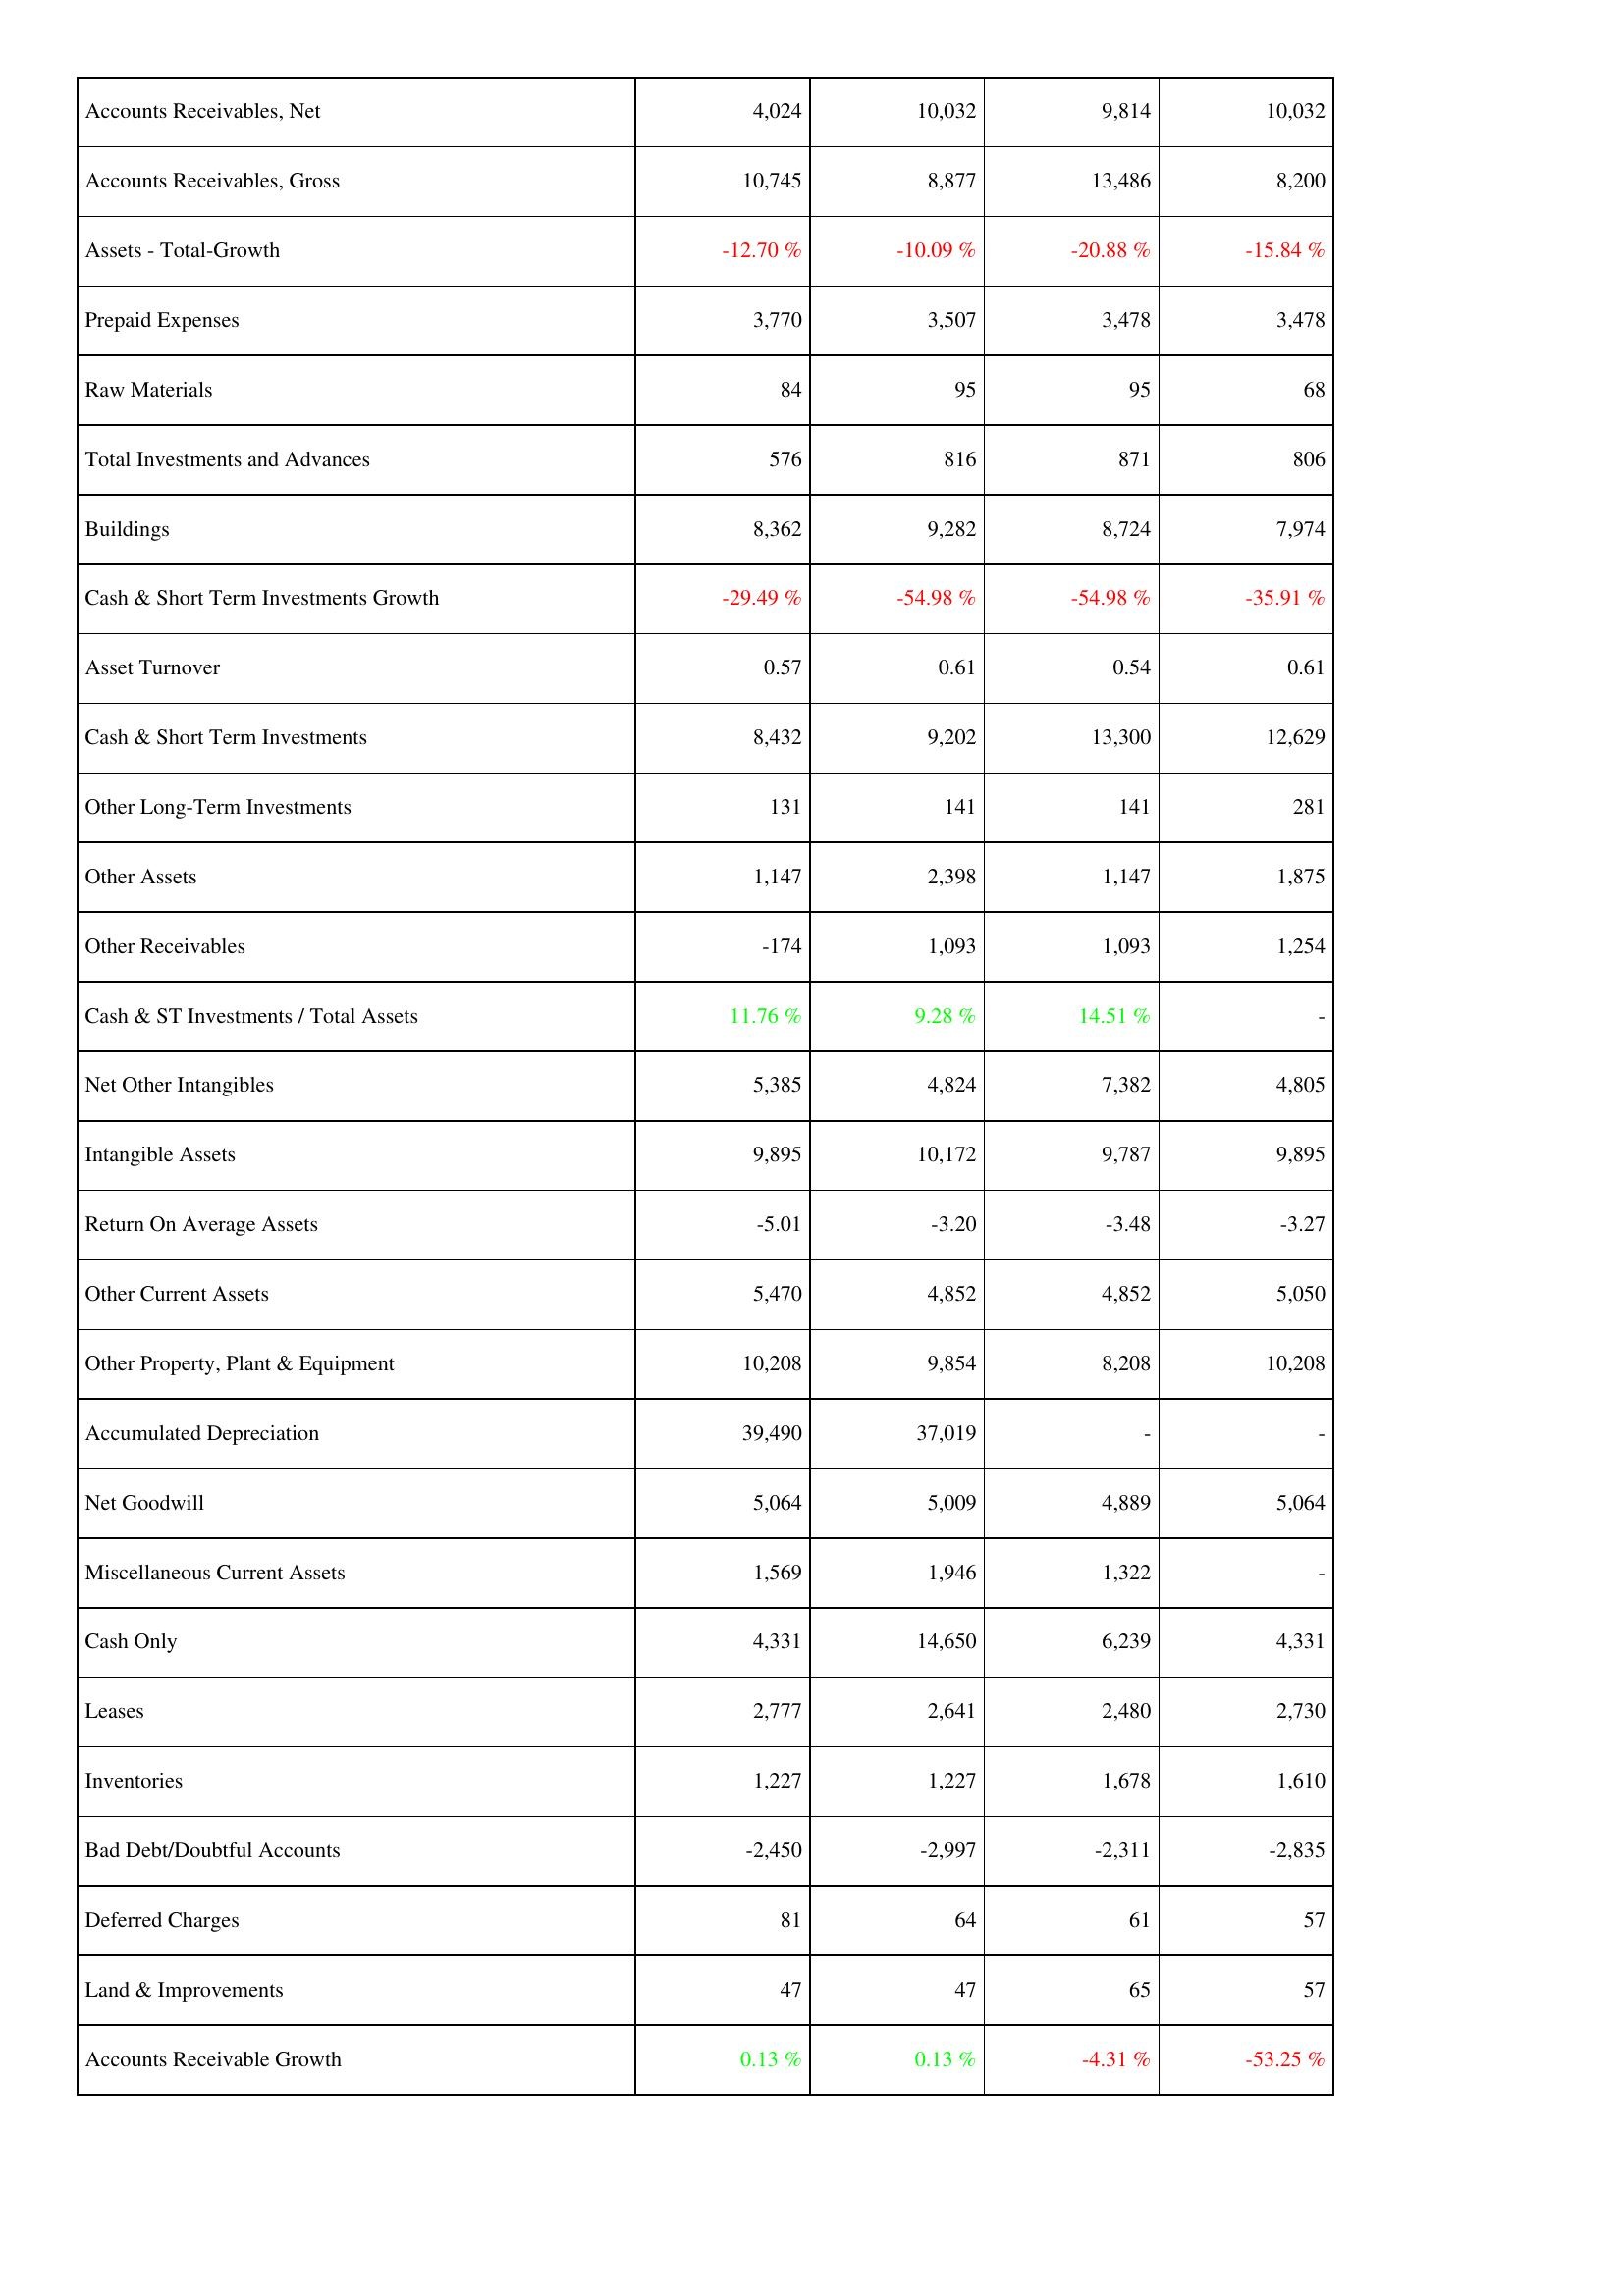
2019: Assets: Accounts Receivables, Net: 4,024
Accounts Receivables, Gross: 10,745
Assets - Total-Growth: -12.70 %
Prepaid Expenses: 3,770
Raw Materials: 84
Total Investments and Advances: 576
Buildings: 8,362
Cash & Short Term Investments Growth: -29.49 %
Asset Turnover: 0.57
Cash & Short Term Investments: 8,432
Other Long-Term Investments: 131
Other Assets: 1,147
Other Receivables: -174
Cash & ST Investments / Total Assets: 11.76 %
Net Other Intangibles: 5,385
Intangible Assets: 9,895
Return On Average Assets: -5.01
Other Current Assets: 5,470
Other Property, Plant & Equipment: 10,208
Accumulated Depreciation: 39,490
Net Goodwill: 5,064
Miscellaneous Current Assets: 1,569
Cash Only: 4,331
Leases: 2,777
Inventories: 1,227
Bad Debt/Doubtful Accounts: -2,450
Deferred Charges: 81
Land & Improvements: 47
Accounts Receivable Growth: 0.13 %
2018: Assets: Accounts Receivables, Net: 10,032
Accounts Receivables, Gross: 8,877
Assets - Total-Growth: -10.09 %
Prepaid Expenses: 3,507
Raw Materials: 95
Total Investments and Advances: 816
Buildings: 9,282
Cash & Short Term Investments Growth: -54.98 %
Asset Turnover: 0.61
Cash & Short Term Investments: 9,202
Other Long-Term Investments: 141
Other Assets: 2,398
Other Receivables: 1,093
Cash & ST Investments / Total Assets: 9.28 %
Net Other Intangibles: 4,824
Intangible Assets: 10,172
Return On Average Assets: -3.20
Other Current Assets: 4,852
Other Property, Plant & Equipment: 9,854
Accumulated Depreciation: 37,019
Net Goodwill: 5,009
Miscellaneous Current Assets: 1,946
Cash Only: 14,650
Leases: 2,641
Inventories: 1,227
Bad Debt/Doubtful Accounts: -2,997
Deferred Charges: 64
Land & Improvements: 47
Accounts Receivable Growth: 0.13 %
2017: Assets: Accounts Receivables, Net: 9,814
Accounts Receivables, Gross: 13,486
Assets - Total-Growth: -20.88 %
Prepaid Expenses: 3,478
Raw Materials: 95
Total Investments and Advances: 871
Buildings: 8,724
Cash & Short Term Investments Growth: -54.98 %
Asset Turnover: 0.54
Cash & Short Term Investments: 13,300
Other Long-Term Investments: 141
Other Assets: 1,147
Other Receivables: 1,093
Cash & ST Investments / Total Assets: 14.51 %
Net Other Intangibles: 7,382
Intangible Assets: 9,787
Return On Average Assets: -3.48
Other Current Assets: 4,852
Other Property, Plant & Equipment: 8,208
Accumulated Depreciation: -
Net Goodwill: 4,889
Miscellaneous Current Assets: 1,322
Cash Only: 6,239
Leases: 2,480
Inventories: 1,678
Bad Debt/Doubtful Accounts: -2,311
Deferred Charges: 61
Land & Improvements: 65
Accounts Receivable Growth: -4.31 %
2016: Assets: Accounts Receivables, Net: 10,032
Accounts Receivables, Gross: 8,200
Assets - Total-Growth: -15.84 %
Prepaid Expenses: 3,478
Raw Materials: 68
Total Investments and Advances: 806
Buildings: 7,974
Cash & Short Term Investments Growth: -35.91 %
Asset Turnover: 0.61
Cash & Short Term Investments: 12,629
Other Long-Term Investments: 281
Other Assets: 1,875
Other Receivables: 1,254
Cash & ST Investments / Total Assets: -
Net Other Intangibles: 4,805
Intangible Assets: 9,895
Return On Average Assets: -3.27
Other Current Assets: 5,050
Other Property, Plant & Equipment: 10,208
Accumulated Depreciation: -
Net Goodwill: 5,064
Miscellaneous Current Assets: -
Cash Only: 4,331
Leases: 2,730
Inventories: 1,610
Bad Debt/Doubtful Accounts: -2,835
Deferred Charges: 57
Land & Improvements: 57
Accounts Receivable Growth: -53.25 %